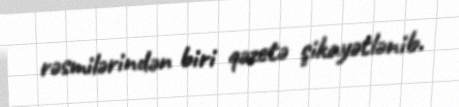
rəsmilərindən biri qəzetə şikayətlənib.